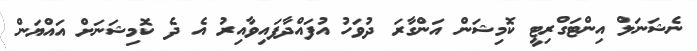
ނެޝަނަލް އިންޓަގްރިޓީ ކޮމިޝަން އަންގާރަ ދުވަހު އުފައްދާފައިވާއިރު އެ ދެ ކޮމިޝަނަށް އައްޔަން